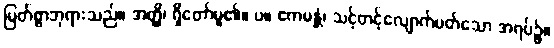
မြတ်စွာဘုရားသည်။ အတ္ထိ၊ ရှိတော်မူ၏။ ပ။ ဧကမန္တံ၊ သင့်တင့်လျောက်ပတ်သော အရပ်၌။